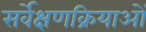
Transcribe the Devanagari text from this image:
सर्वेक्षणक्रियाओं